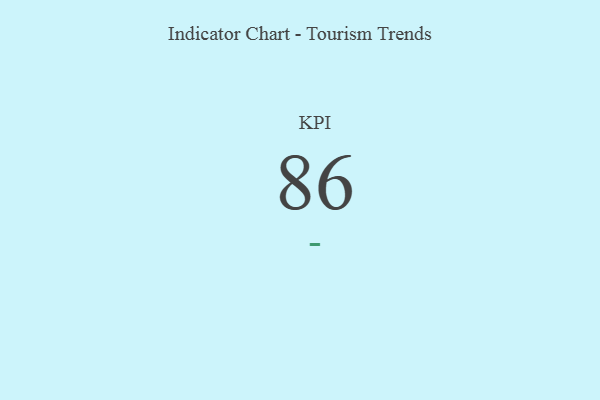
{"axis": {"x": "KPI", "y": "Value"}, "legend": [""], "data": [{"x": "KPI", "y": 86, "type": ""}]}